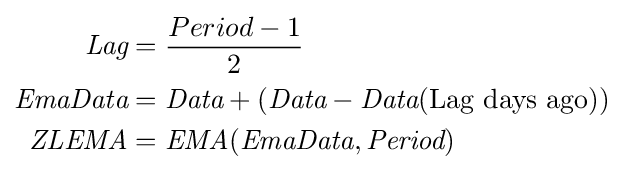
{\begin{aligned}{\textit {Lag}}&={\frac {Period-1}{2}}\\{\textit {EmaData}}&={\textit {Data}}+({\textit {Data}}-{\textit {Data}}({\text{Lag days ago}}))\\{\textit {ZLEMA}}&={\textit {EMA}}({\textit {EmaData}},{\textit {Period}})\end{aligned}}